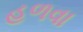
હળવા